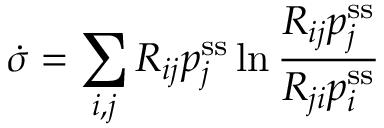
\dot { \sigma } = \sum _ { i , j } R _ { i j } p _ { j } ^ { \mathrm { s s } } \ln \frac { R _ { i j } p _ { j } ^ { \mathrm { s s } } } { R _ { j i } p _ { i } ^ { \mathrm { s s } } }